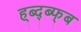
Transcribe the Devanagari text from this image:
ह्ब्द्ब्फ्ब